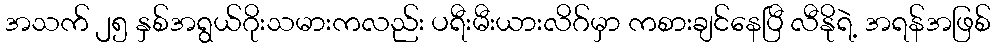
အသက် ၂၅ နှစ်အရွယ်ဂိုးသမားကလည်း ပရီးမီးယားလိဂ်မှာ ကစားချင်နေပြီ လီနိုရဲ့ အရန်အဖြစ်